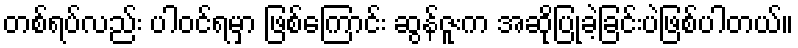
တစ်ရပ်လည်း ပါဝင်ရမှာ ဖြစ်ကြောင်း ဆွန်ဇူးက အဆိုပြုခဲ့ခြင်းပဲဖြစ်ပါတယ်။